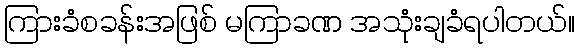
ကြားခံစခန်းအဖြစ် မကြာခဏ အသုံးချခံရပါတယ်။